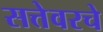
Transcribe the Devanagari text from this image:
सत्तेवरचे